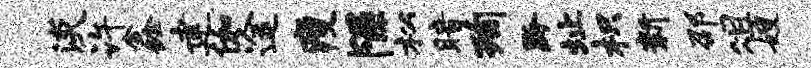
淡许鑫建伽途瘦隰松暗洵黔址枳新邵俎嫂